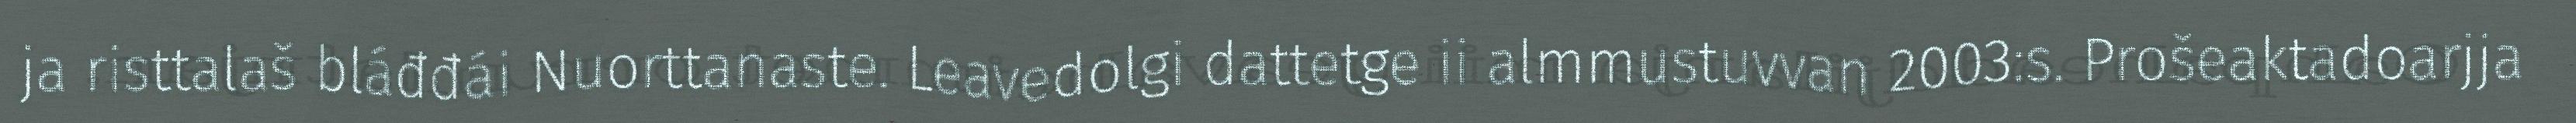
ja risttalaš bláđđái Nuorttanaste. Leavedolgi dattetge ii almmustuvvan 2003:s. Prošeaktadoarjja